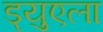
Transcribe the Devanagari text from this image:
ड्युएला